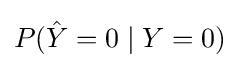
P({\hat {Y}}=0\mid Y=0)